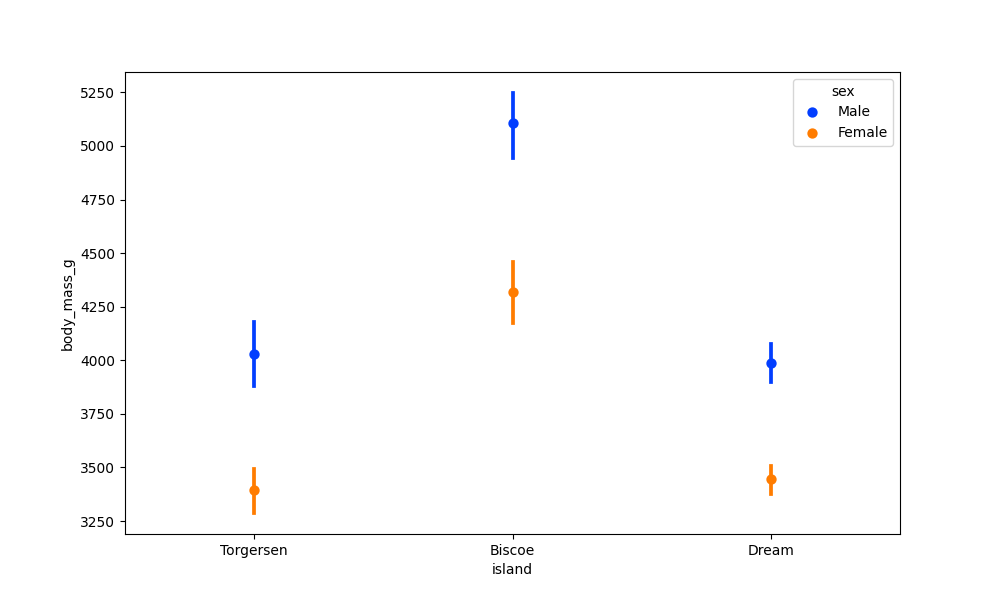
python, seaborn, pointplot, scale=1.0, join=False, hue='sex', palette='bright'